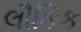
લૌકિક